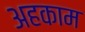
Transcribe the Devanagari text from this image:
अहकाम